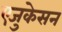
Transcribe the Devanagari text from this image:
एजुकेसन